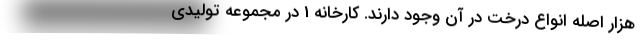
هزار اصله انواع درخت در آن وجود دارند. کارخانه 1 در مجموعه تولیدی